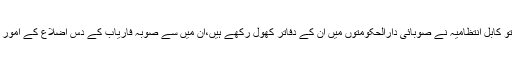
بعض اضلاع کے مراکز پر مجاہدین قابض ہوئے ہیں، تو کابل انتظامیہ نے صوبائی دارالحکومتوں میں ان کے دفاتر کھول رکھے ہیں،ان میں سے صوبہ فاریاب کے دس اضلاع کے امور صوبائی دارالحکومت میمنہ شہر سے انجام ہورہے ہیں۔